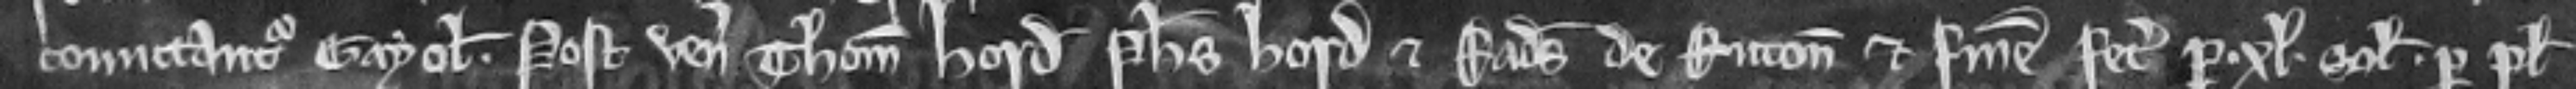
comittantur Gayolam. Postea venerunt Thomas Hord Philippus Hord et Radulfus de Ruton et finem fecerunt per xL solidos per plegium